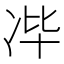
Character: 𰃻